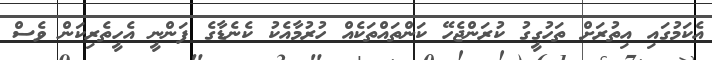
އެކަމުގައި އިތުރަށް ތަހުގީގު ކުރަންޖެހޭ ކަންތައްތަކެއް ހުރުމާއެކު ކެނެޑާގެ ފަންނީ އެހީތެރިކަން ވެސް